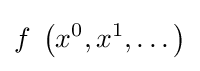
f\;\left(x^{0},x^{1},\dots \right)